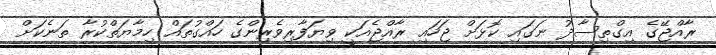
ރާއްޖޭގެ އިގްތިސާދު ނަގައި ކޮޅަށް ޖަހައި ރާއްޖެއަކީ ވިޔަފާރިވެރިންގެ ހައްގުތައް ހިމާޔަތްކުރާ ތަނެކަށް